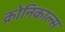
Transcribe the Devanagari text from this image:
क्रोनिकाल्स